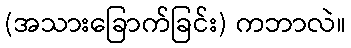
(အသားခြောက်ခြင်း) ကဘာလဲ။